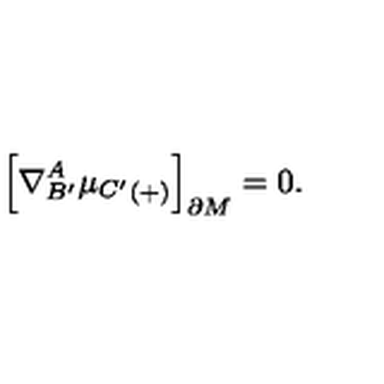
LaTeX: \Bigr [ \nabla _ { B ^ { \prime } } ^ { A } { \mu _ { C ^ { \prime } } } _ { ( + ) } \Bigr ] _ { \partial M } = 0 .